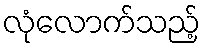
လုံလောက်သည့်